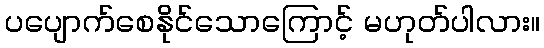
ပပျောက်စေနိုင်သောကြောင့် မဟုတ်ပါလား။